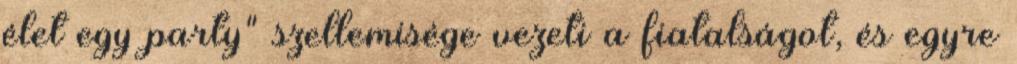
élet egy party" szellemisége vezeti a fiatalságot, és egyre